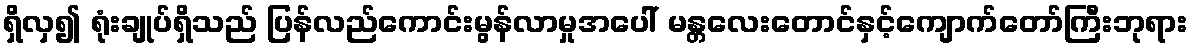
ရှိလှ၍ ရုံးချုပ်ရှိသည် ပြန်လည်ကောင်းမွန်လာမှုအပေါ် မန္တလေးတောင်နှင့်ကျောက်တော်ကြီးဘုရား